Papaver somniferum - Opium : an extract from the sixth volume of the Dictionary of Economic Products of India
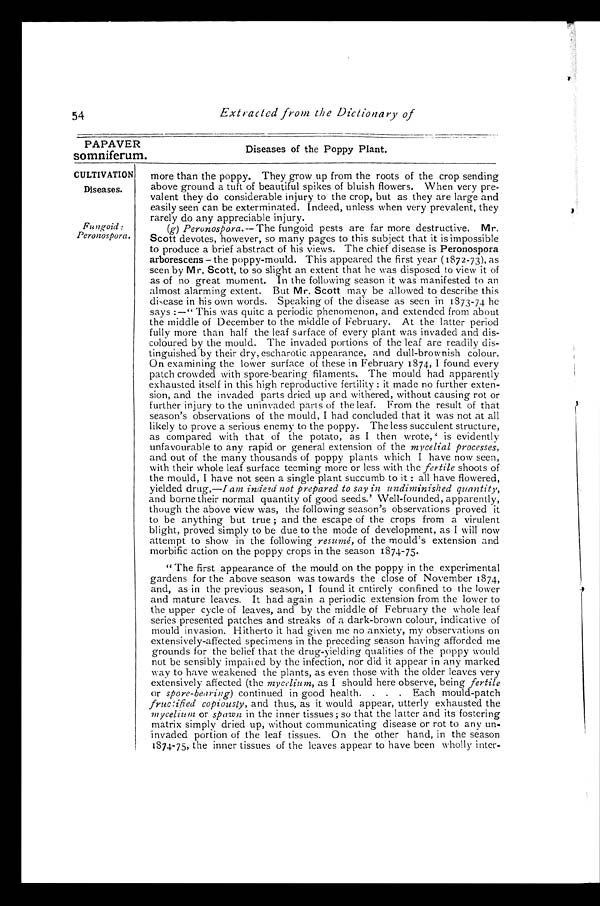
PAPAVER
somniferum.
CULTIVATION
Diseases.
Fungoid:
Peronospora.
54
Extracted from the Dictionary of
Diseases of the Poppy Plant.
more than the poppy. They grow up from the roots of the crop sending,
above ground a tuft of beautiful spikes of bluish flowers. When very pre
-valent they do considerable injury to the crop, but as they are large and
easily seen can be exterminated. Indeed, unless when very prevalent, they
rarely do any appreciable injury.
(g) Peronospora.–– The fungoid pests are far more destructive. Mr.
Scott devotes, however, so many pages to this subject that it is impossible
to produce a brief abstract of his views. The chief disease is Peronospora
arborescens – the poppy-mould. This appeared the first year (1872-73), as
seen by Mr. Scott, to so slight an extent that he was disposed to view it of
as of no great moment. In the following season it was manifested to an
almost alarming extent. But Mr. Scott may be allowed to describe this
disease in his own words. Speaking of the disease as seen in 1873-74 he
says :—" This was quite a periodic phenomenon, and extended from about
the middle of December to the middle of February. At the latter period
fully more than half the leaf surface of every plant was invaded and dis
-coloured by the mould. The invaded portions of the leaf are readily dis--
tinguished by their dry, escharotic appearance, and dull-brownish colour.
On examining the lower surface of these in February 1874, I found every
patch crowded with spore-bearing filaments. The mould had apparently
exhausted itself in this high reproductive fertility : it made no further exten--
sion, and the invaded parts dried up and withered, without causing rot or
further injury to the uninvaded parts of the leaf. From the result of that
season's observations of the mould, I had concluded that it was not at all
likely to prove a serious enemy to the poppy. The less succulent structure,
as compared with that of the potato, as I then wrote, is evidently
unfavourable to any rapid or general extension of the mycelial processes,
and out of the many thousands of poppy plants which I have now seen,
with their whole leaf surface teeming more or less with the fertile shoots of
the mould, I have not seen a single plant succumb to it : all have flowered,
yielded drug,—I am indeed not prepared to say in undiminished quantity,
and borne their normal quantity of good seeds.' Well-founded, apparently,
though the above view was, the following season's observations proved it
to be anything but true ; and the escape of the crops from a virulent
blight, proved simply to be due to the mode of development, as I will now
attempt to show in the following resumé, of the mould's extension and
morbific action on the poppy crops in the season 1874-75.
" The first appearance of the mould on the poppy in the experimental
gardens for the above season was towards the close of November 1874,
and, as in the previous season, I found it entirely confined to the lower
and mature leaves. It had again a periodic extension from the lower to
the upper cycle of leaves, and by the middle of February the whole leaf
series presented patches and streaks of a dark-brown colour, indicative of
mould invasion. Hitherto it had given me no anxiety, my observations on
extensively-affected specimens in the preceding season having afforded me
grounds for the belief that the drug-yielding qualities of the poppy would
not be sensibly impaired by the infection, nor did it appear in any marked
way to have weakened the plants, as even those with the older leaves very
extensively affected (the mycelium, as I should here observe, being fertile
or spore-bearing) continued in good health. . . . Each mould-patch
fructified copiously, and thus, as it would appear, utterly exhausted the
mycelium or spawn in the inner tissues; so that the latter and its fostering
matrix simply dried up, without communicating disease or rot to any un
-invaded portion of the leaf tissues. On the other hand, in the season
1874-75, the inner tissues of the leaves appear to have been wholly inter-